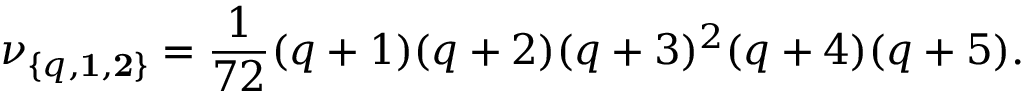
\nu _ { \{ q , { \bf 1 } , { \bf 2 } \} } = { \frac { 1 } { 7 2 } } ( q + 1 ) ( q + 2 ) ( q + 3 ) ^ { 2 } ( q + 4 ) ( q + 5 ) .